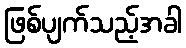
ဖြစ်ပျက်သည့်အခါ